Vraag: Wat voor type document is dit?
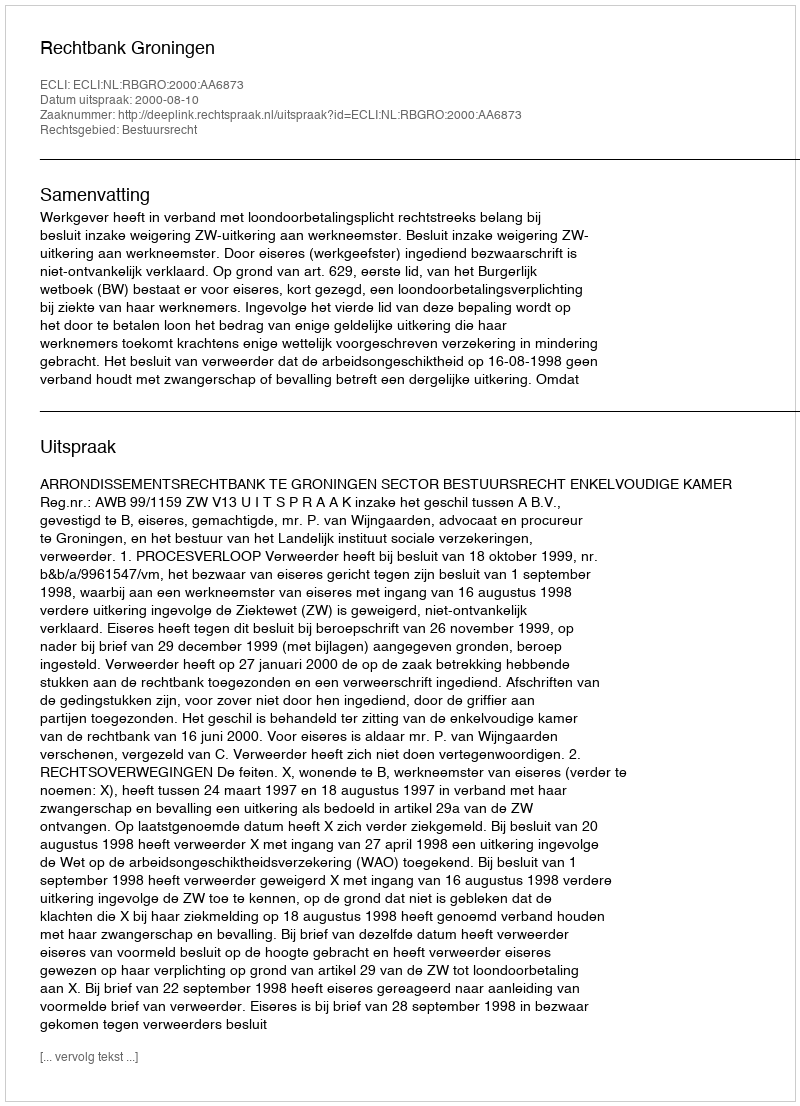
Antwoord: Uitspraak